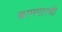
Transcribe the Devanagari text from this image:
कामगारची